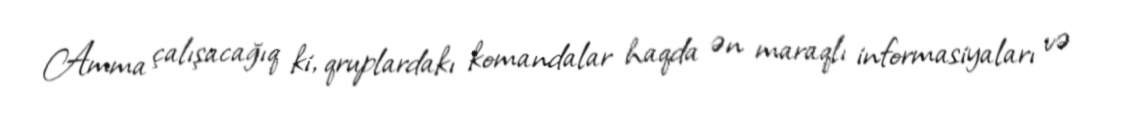
Amma çalışacağıq ki, qruplardakı komandalar haqda ən maraqlı informasiyaları və